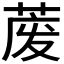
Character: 𱽱